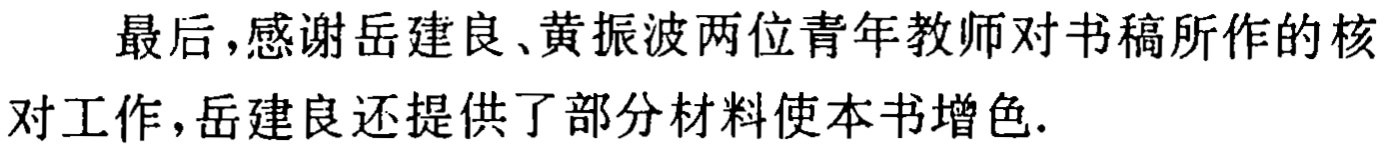
最后，感谢岳建良、黄振波两位青年教师对书稿所作的核对工作，岳建良还提供了部分材料使本书增色.